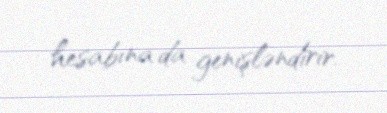
hesabına da genişləndirir.